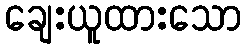
ချေးယူထားသော